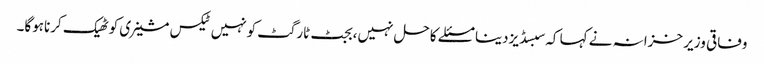
وفاقی وزیر خزانہ نے کہا کہ سبسڈیزدینا مسئلے کاحل نہیں،بجٹ ٹارگٹ کونہیں ٹیکس مشینری کوٹھیک کرناہوگا۔